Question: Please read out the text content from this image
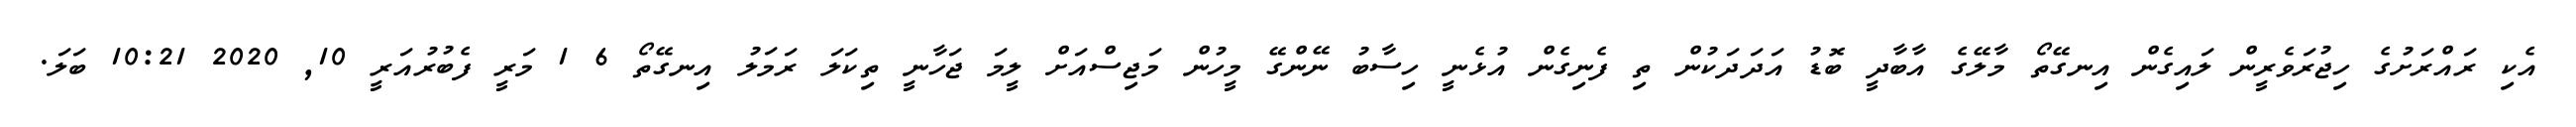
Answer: އެކި ރައްރަށުގެ ހިޖުރަވެރީން ލައިގެން އިނގޭތޯ މާލޭގެ އާބާދީ ބޮޑު އަދަދަކުން ތި ފެނިގެން އުޅެނީ ހިސާބު ނޭންގޭ މީހުން މަޖިސްއަށް ލީމަ ޖަހާނީ ތިކަލަ ރަމަލު އިނގޭތޯ 6 1 މަރީ ފެބުރުއަރީ 10, 2020 10:21 ބަލަ.